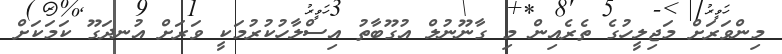
މިންވަރަށް މަޖިލީހުގެ ތެރެއިން މި ގާނޫނުލް އުގޫބާތު އިސްލާހުކުރުމަކީ ވަރަށް އުނދަގޫ ކަމަކަށް